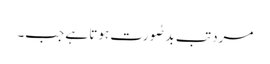
مرد تب بدصُورت ہوتا ہے جب۔